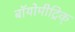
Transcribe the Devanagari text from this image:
बॉयोमीट्रिक्